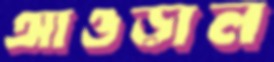
আওড়াল